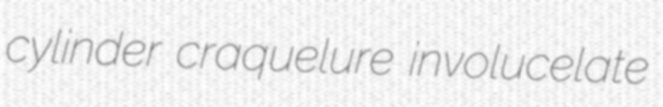
cylinder craquelure involucelate